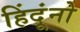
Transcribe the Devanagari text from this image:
हिंदूंनो